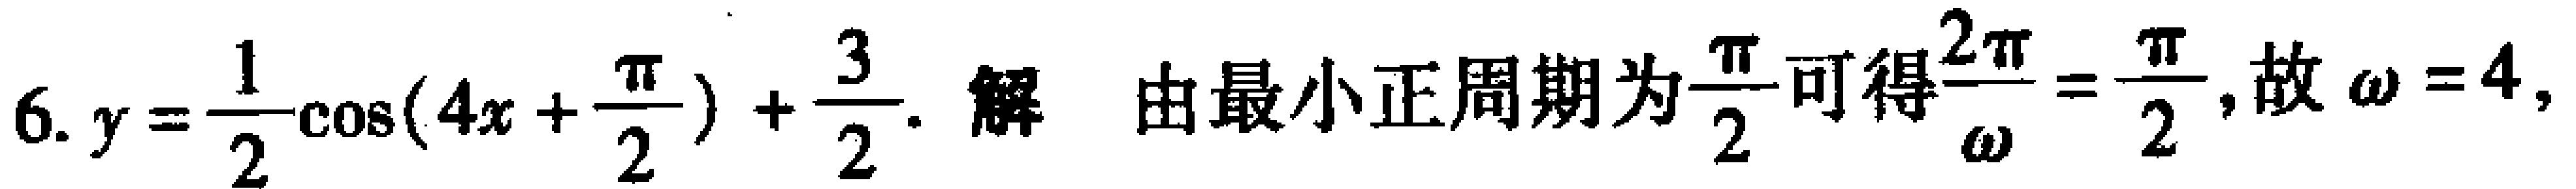
6. $y = \frac{1}{2}\cos(4x + \frac{\pi}{2})+\frac{3}{2}$. 解 由最小正周期为$\frac{\pi}{2}$可得$\frac{2\pi}{\omega}=\frac{\pi}{2}$, 故$\omega = 4$,